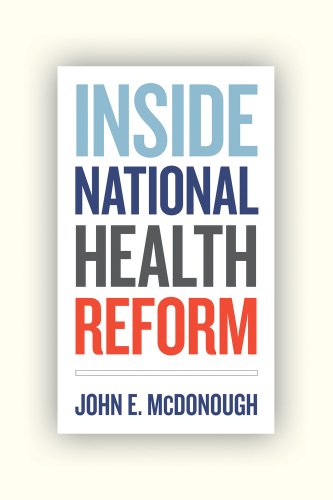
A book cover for Inside National Health Reform (California/Milbank Books on Health and the Public); John E. McDonough; Medical Books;